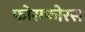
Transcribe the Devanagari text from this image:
फोसफोरस